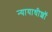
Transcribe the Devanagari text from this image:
न्यायाधीशॉ